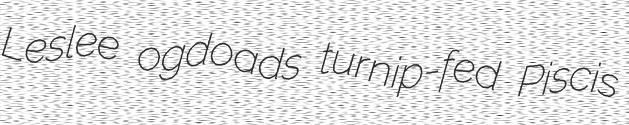
Leslee ogdoads turnip-fed Piscis